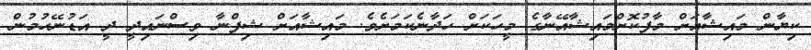
ކިޔާން މައިޝާއަށް މާފުކޮށްމައިޝާއޭނާގެ މީހަކަށް ހަދާނެކަމަށެވެ. މައިޝާއަށް ޝިފްނާ ވިސްނައިދީ ދީ އަޑުނޭހުމުން